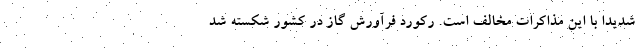
شدیدا با این مذاکرات مخالف است. رکورد فرآورش گاز در کشور شکسته شد